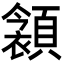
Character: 𩔝